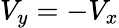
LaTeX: V_{y}=-V_{x}